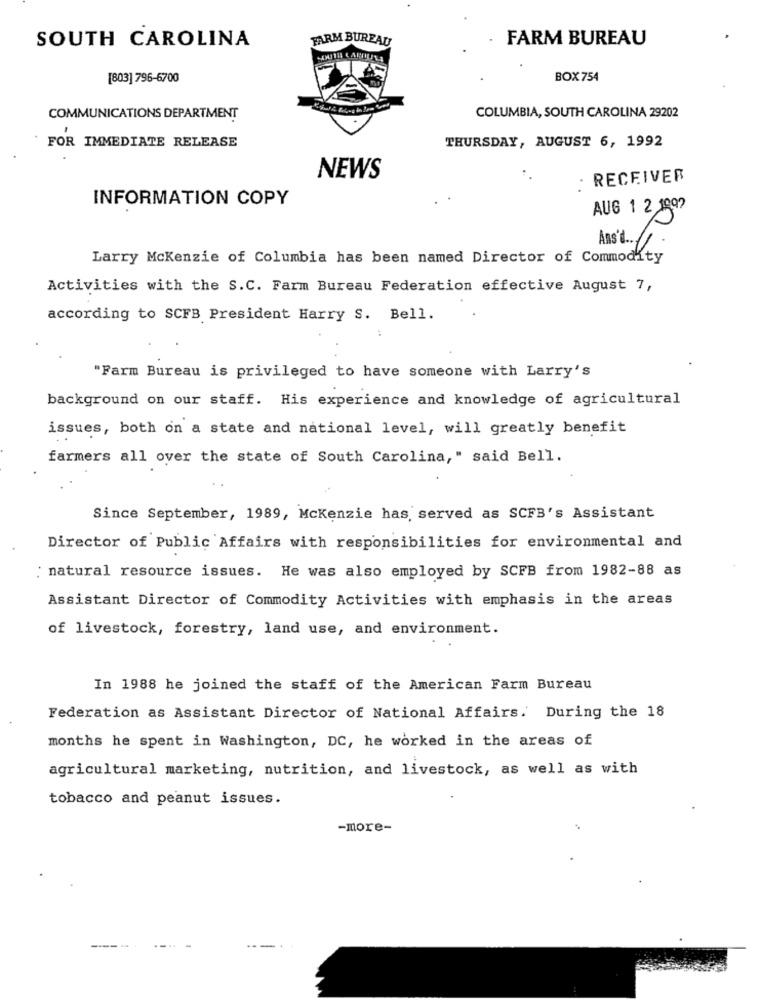
SOUTH CAROLINA
FARM BUREAU
FARM BUREAU
[803] 796-6700
BOX754
COMMUNICATIONS DEPARTMENT
COLUMBIA, SOUTH CAROLINA 29202
FOR IMMEDIATE RELEASE
THURSDAY, AUGUST 6, 1992
NEWS
· RECEIVER
INFORMATION COPY
AUG 1 2 1897
Ans's/
Larry Mckenzie of Columbia has been named Director of Commodity
Activities with the S.C. Farm Bureau Federation effective August 7,
according to SCFB President Harry S. Bell.
"Farm Bureau is privileged to have someone with Larry's
background on our staff. His experience and knowledge of agricultural
issues, both on a state and national level, will greatly benefit
farmers all over the state of South Carolina," said Bell.
Since September, 1989, Mckenzie has served as SCFB's Assistant
Director of Public Affairs with responsibilities for environmental and
natural resource issues. He was also employed by SCFB from 1982-88 as
Assistant Director of Commodity Activities with emphasis in the areas
of livestock, forestry, land use, and environment.
In 1988 he joined the staff of the American Farm Bureau
Federation as Assistant Director of National Affairs. During the 18
months he spent in Washington, DC, he worked in the areas of
agricultural marketing, nutrition, and livestock, as well as with
tobacco and peanut issues.
-more-
----